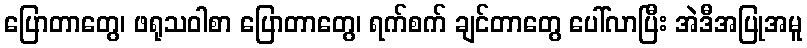
ပြောတာတွေ၊ ဖရုသဝါစာ ပြောတာတွေ၊ ရက်စက် ချင်တာတွေ ပေါ်လာပြီး အဲဒီအပြုအမူ